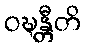
ဝဍ္ဎန္တီတိ